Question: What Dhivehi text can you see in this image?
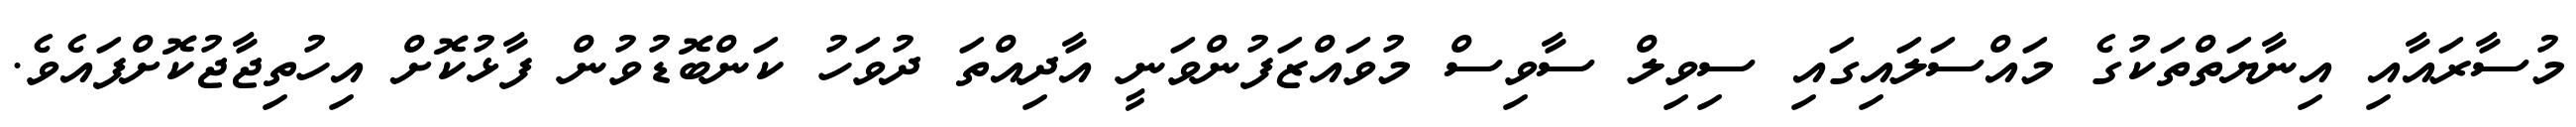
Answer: މުސާރައާއި އިނާޔަތްތަކުގެ މައްސަލައިގައި ސިވިލް ސާވިސް މުވައްޒަފުންވަނީ އާދިއްތަ ދުވަހު ކަންބޮޑުވުން ފާޅުކޮށް އިހުތިޖާޖުކޮށްފައެވެ.